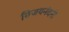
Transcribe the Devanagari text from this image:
विजयनंदनी